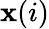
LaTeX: \mathbf{x}(i)